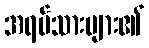
အရပ်သားများ၏